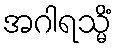
အဂါရသ္မိံ